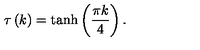
\tau \left( k \right) = \tanh \left( \frac { \pi k } { 4 } \right) .